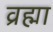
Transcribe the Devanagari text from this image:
व्रह्मा